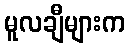
မူလချီများက